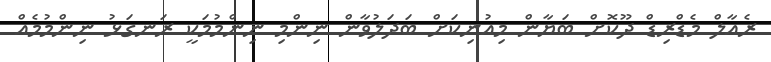
ރެއާލް މެޑްރިޑް ދޫކޮށް ބަޔާން މިއުނިކަށް ބަދަލުވާން ނިންމި ނިންމުމަކީ ރަނގަޅު ނިންމުމެއް